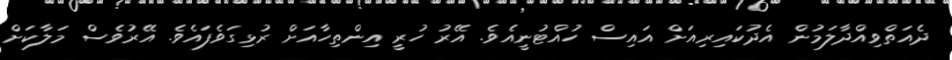
ދެއަތްވިއްދާލަމުން އެދުކައިރިއަށް އައިސް ހުއްޓުނީއެވެ. އޭރު ހުރީ އިންތިހާއަށް ރުޅިގަވެފައެވެ. އޭރުވެސް މަލާކަށް